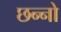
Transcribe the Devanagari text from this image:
छन्नो